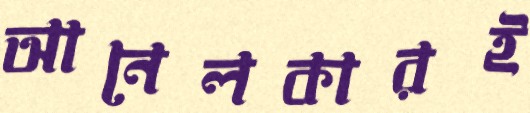
আনেলকারই